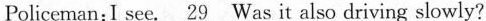
Policeman:I see.\underline{29} Was it also driving slowly?